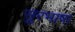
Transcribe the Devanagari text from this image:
सुरभाषा